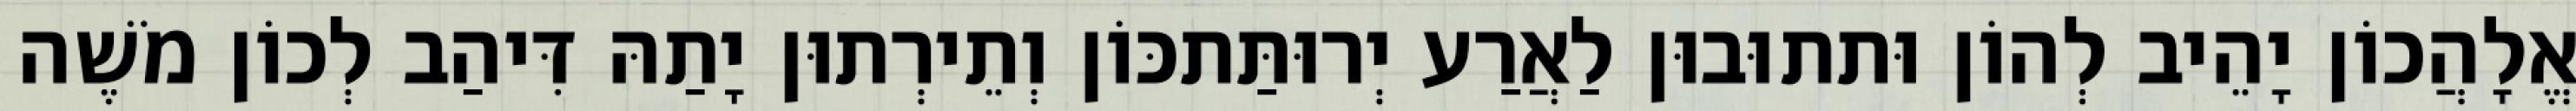
אֱלָהֲכוֹן יָהֵיב לְהוֹן וּתתוּבוּן לַאֲרַע יְרוּתַּתכּוֹן וְתֵירְתוּן יָתַהּ דִּיהַב לְכוֹן מֹשֶׁה